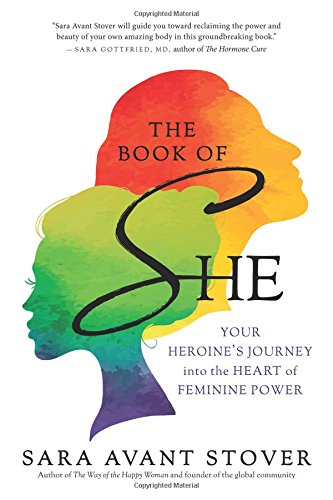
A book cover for The Book of SHE: Your Heroine's Journey into the Heart of Feminine Power; Sara Avant Stover; Health, Fitness & Dieting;